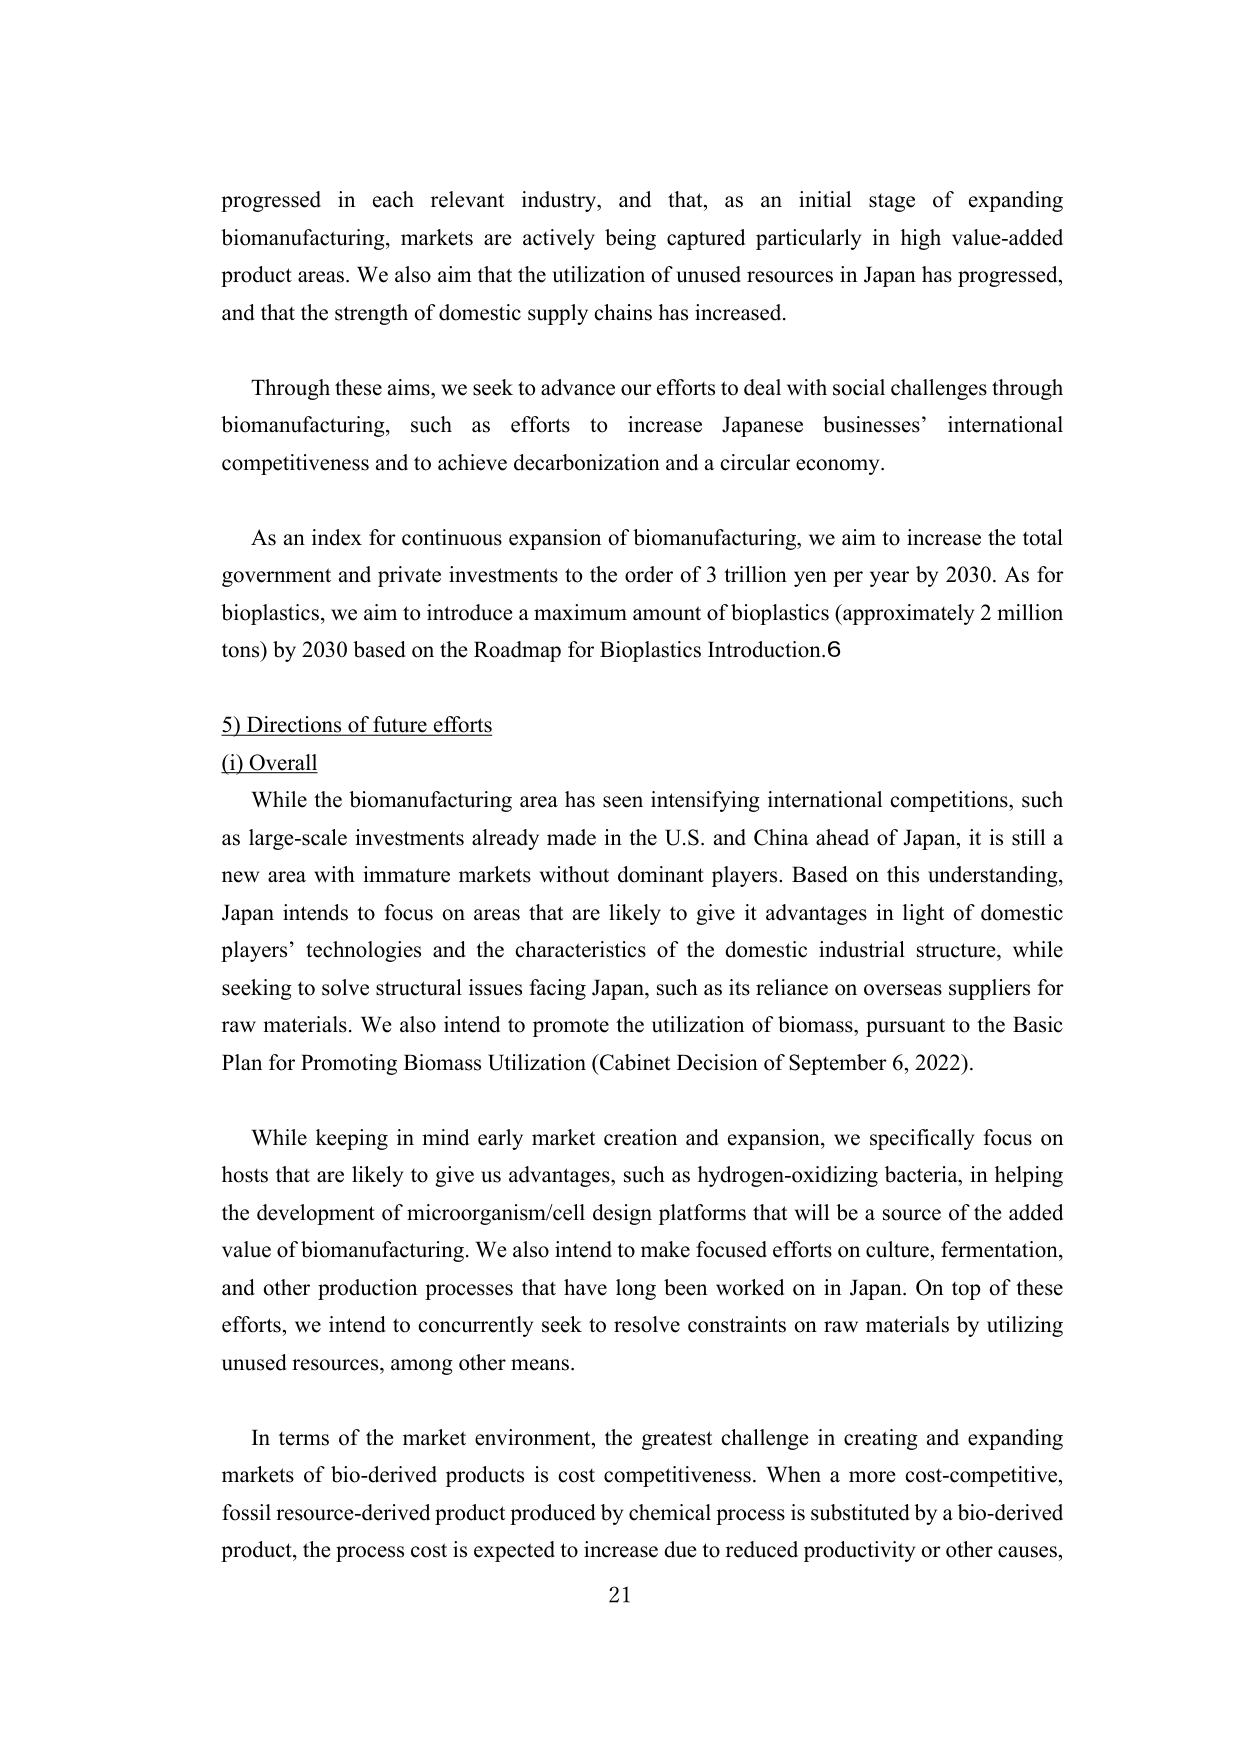
progressed in each relevant industry, and that, as an initial stage of expanding biomanufacturing, markets are actively being captured particularly in high value-added product areas. We also aim that the utilization of unused resources in Japan has progressed, and that the strength of domestic supply chains has increased.

Through these aims, we seek to advance our efforts to deal with social challenges through biomanufacturing, such as efforts to increase Japanese businesses’ international competitiveness and to achieve decarbonization and a circular economy.

As an index for continuous expansion of biomanufacturing, we aim to increase the total government and private investments to the order of 3 trillion yen per year by 2030. As for bioplastics, we aim to introduce a maximum amount of bioplastics (approximately 2 million tons) by 2030 based on the Roadmap for Bioplastics Introduction.6

5) Directions of future efforts
(i) Overall
While the biomanufacturing area has seen intensifying international competitions, such as large-scale investments already made in the U.S. and China ahead of Japan, it is still a new area with immature markets without dominant players. Based on this understanding, Japan intends to focus on areas that are likely to give it advantages in light of domestic players’ technologies and the characteristics of the domestic industrial structure, while seeking to solve structural issues facing Japan, such as its reliance on overseas suppliers for raw materials. We also intend to promote the utilization of biomass, pursuant to the Basic Plan for Promoting Biomass Utilization (Cabinet Decision of September 6, 2022).

While keeping in mind early market creation and expansion, we specifically focus on hosts that are likely to give us advantages, such as hydrogen-oxidizing bacteria, in helping the development of microorganism/cell design platforms that will be a source of the added value of biomanufacturing. We also intend to make focused efforts on culture, fermentation, and other production processes that have long been worked on in Japan. On top of these efforts, we intend to concurrently seek to resolve constraints on raw materials by utilizing unused resources, among other means.

In terms of the market environment, the greatest challenge in creating and expanding markets of bio-derived products is cost competitiveness. When a more cost-competitive, fossil resource-derived product produced by chemical process is substituted by a bio-derived product, the process cost is expected to increase due to reduced productivity or other causes,

21